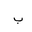
Letter: _ba